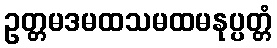
ဥတ္တမဒမထသမထမနုပ္ပတ္တံ